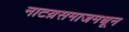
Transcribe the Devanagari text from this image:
नाटय़समाजमधून